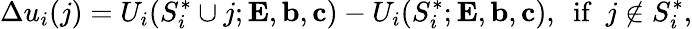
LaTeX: \Delta u_{i}(j)=U_{i}(S_{i}^{*}\cup{j};{\mathbf{E}},{\mathbf{b}},{\mathbf{c}})-U_{i}(S_{i}^{*};{\mathbf{E}},{\mathbf{b}},{\mathbf{c}}),~~{\mathrm{if}}~~j\notin S_{i}^{*},